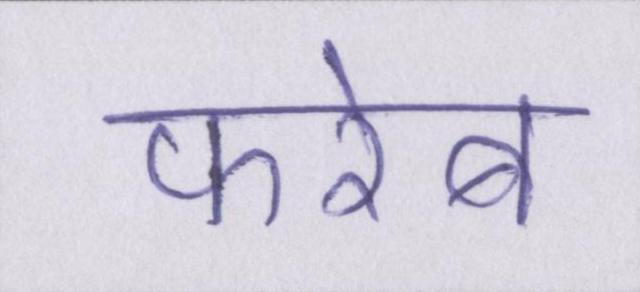
फरेब